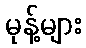
မုန့်များ